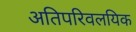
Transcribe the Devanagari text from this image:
अतिपरिवलयिक